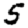
Digit: 5